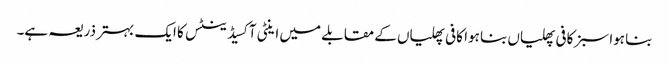
بنا ہوا سبز کافی پھلیاں بنا ہوا کافی پھلیاں کے مقابلے میں اینٹی آکسیڈینٹس کا ایک بہتر ذریعہ ہے۔